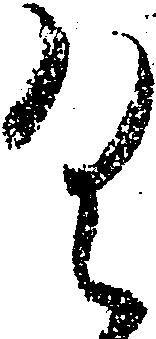
具